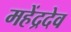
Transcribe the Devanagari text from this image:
महेंद्रदेव